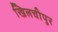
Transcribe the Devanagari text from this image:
खिलचीपूर